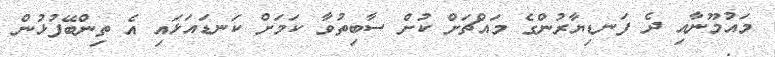
މައުމޫނާއި ދެ ފަނޑިޔާރުންގެ މައްޗަށް ކުށް ސާބިތުވާ ކަމަށް ކަނޑައަޅައި އެ ތިންބޭފުޅުން